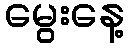
မွေးနေ့